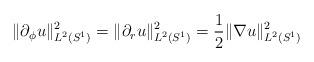
LaTeX: \begin{align*} \|\partial_{\phi}u\|^2_{L^2(S^1)}=\|\partial_ru\|^2_{L^2(S^1)}=\frac12\|\nabla u\|^2_{L^2(S^1)}\end{align*}